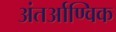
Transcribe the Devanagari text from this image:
अंतर्आण्विक